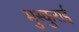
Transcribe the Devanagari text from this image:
मुस्कुराई